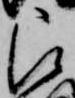
被